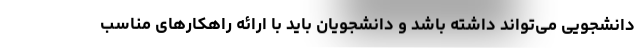
دانشجویی می‌تواند داشته باشد و دانشجویان باید با ارائه راهکارهای مناسب